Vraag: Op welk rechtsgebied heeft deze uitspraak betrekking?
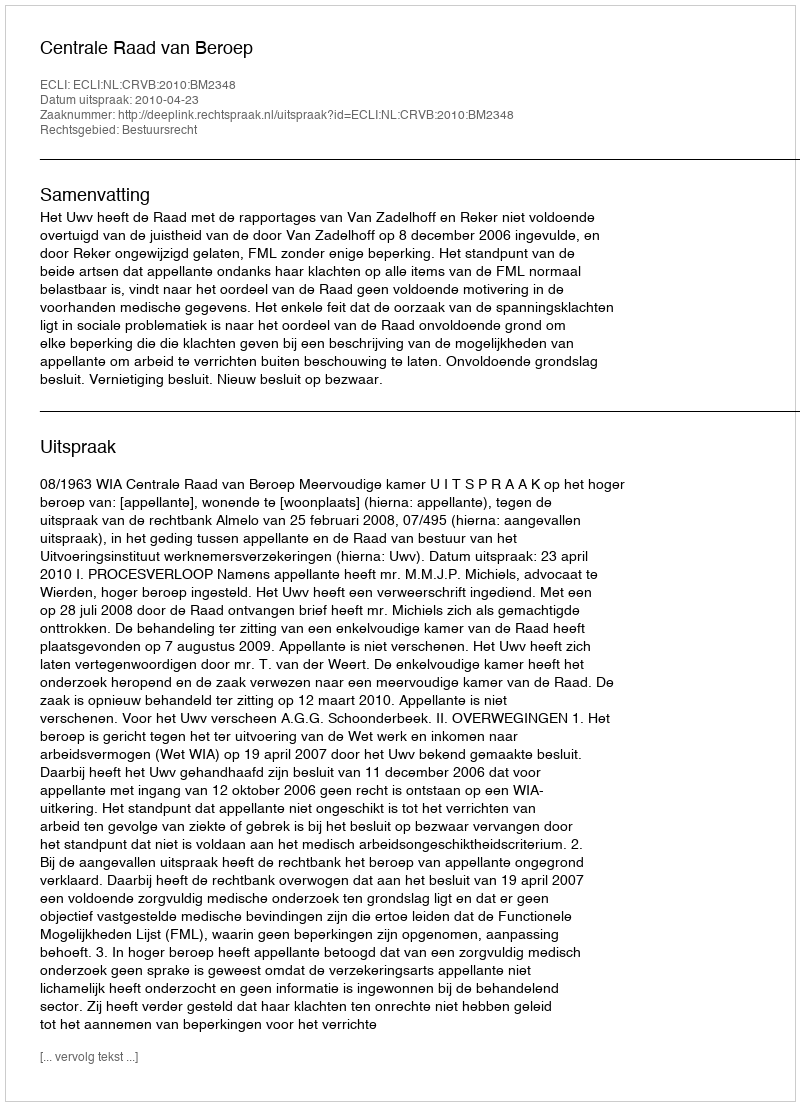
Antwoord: Bestuursrecht